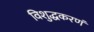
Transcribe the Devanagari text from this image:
विशुद्धकरणं